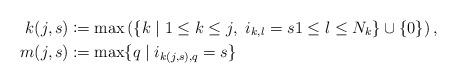
LaTeX: \begin{align*}k(j,s) &\coloneqq \max \left( \{k \mid 1 \leq k \leq j,\ i_{k,l} = s 1 \leq l \leq N_k\} \cup \{0\}\right), \\m(j,s) &\coloneqq \max \{ q \mid i_{k(j,s),q} = s\}\end{align*}